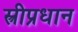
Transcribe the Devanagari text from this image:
स्त्रीप्रधान